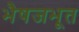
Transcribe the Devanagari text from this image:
भैषजभूत